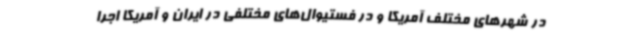
در شهرهای مختلف آمریکا و در فستیوال‌های مختلفی در ایران و آمریکا اجرا